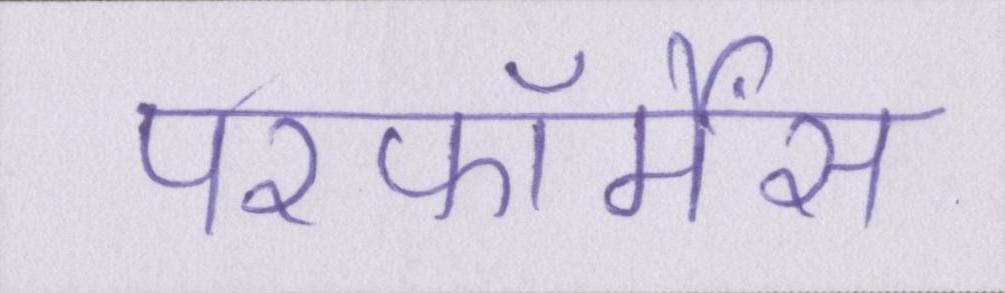
परफॉर्मेंस